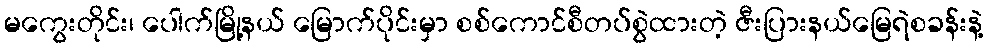
မကွေးတိုင်း၊ ပေါက်မြို့နယ် မြောက်ပိုင်းမှာ စစ်ကောင်စီတပ်စွဲထားတဲ့ ဇီးပြားနယ်မြေရဲစခန်းနဲ့